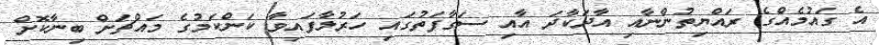
އެ ގައުމެއްގެ ރައްޔިތުންނާއި އާދަކާދަ އާއި ސަގާފަތުގައި ހަރުލާފައިވާ ކަންކަމުގެ މައްޗަށް ބިނާކޮށް